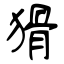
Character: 猾